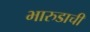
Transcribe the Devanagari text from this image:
भारुडाची